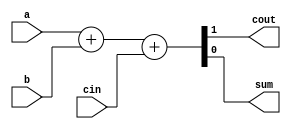
// This program was cloned from: https://github.com/Yvan-xy/verilog-doc
// License: GNU General Public License v2.0

module top_module( 
    input a, b, cin,
    output cout, sum );
    assign {cout,sum} = a + b + cin;
endmodule